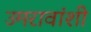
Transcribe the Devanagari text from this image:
उमरावांशी